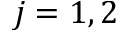
j = 1 , 2